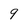
Character: 9